system: You are a helpful assistant.
user:
Analyze the provided spectrum to determine if it is a **White Dwarf (WD)**.

A White Dwarf spectrum is defined by its **extreme purity** (due to gravitational settling) and/or **extreme pressure broadening** (due to high surface gravity). You must check for one of the following mutually exclusive signatures:

- **Key Visual Indicators (Check for ONE of these types):**

    - **1. DA-Type Signature (Most Common):**
        - **(Primary Feature):** Extreme pressure broadening (Stark broadening) of the **Hydrogen (H) Balmer lines**.
        - **(Key Lines):** $H\beta$ (approx. $4861$ Å) and $H\gamma$ (approx. $4340$ Å). $H\alpha$ (approx. $6563$ Å) will also be present if the wavelength range covers it.
        - **(Line Profile):** This is the **defining feature**. The lines are **NOT** sharp. They appear as massive, **extremely broad and deep "troughs" or "dips"** in the spectrum, often hundreds of Ångströms wide. The continuum will appear to "scoop" down at these wavelengths.
        - **(Distinction):** Normal A-type or B-type stars have *narrow* and *sharp* Hydrogen lines. A DA White Dwarf's lines are unmistakably "smeared" or "blurry" from pressure.

    - **2. DB-Type Signature:**
        - **(Primary Feature):** Broad absorption lines from **Neutral Helium (He I)**. The spectrum must lack any visible Hydrogen lines.
        - **(Key Lines):** Look for broad absorption near $4471$ Å, $4921$ Å, and $5876$ Å.
        - **(Line Profile):** These lines are also significantly pressure-broadened, appearing much wider than they would in a normal B-type main-sequence star.

    - **3. DC-Type Signature:**
        - **(Primary Feature):** A **featureless continuous spectrum**.
        - **(Line Profile):** The spectrum is a smooth curve with **no significant absorption or emission lines**.
        - **(Key Confirmation):** The continuum is almost always **blue or white**, indicating a hot object. This signature implies the atmosphere is so pure (or so cool) that no spectral lines are visible in the optical range. Its WD identity is confirmed by its extremely low intrinsic brightness (high absolute magnitude).

    - **4. DZ-Type Signature (Metal-Polluted):**
        - **(Primary Feature):** **Isolated, narrow metal absorption lines** on an otherwise featureless (DC-like) continuum.
        - **(Key Lines):** The **Calcium (Ca II) H & K doublet** (approx. **$3934$ Å** and **$3968$ Å**) is the most common and defining feature.
        - **(Line Profile):** These lines are "out of place." They are *not* part of a "forest" of thousands of lines. This signature is evidence of recent *accretion* (pollution) from rocky debris.
        - **(Distinction):** Normal G/K/M stars have a *dense forest* of thousands of metal lines. A DZ has a *clean* continuum with *only a few* strong metal lines.

    - **5. DQ-Type Signature (Carbon-Polluted):**
        - **(Primary Feature):** Absorption bands from **Carbon (C₂ "Swan Bands" or atomic C I)**.
        - **(Key Lines - C₂):** Look for bandheads with a "saw-tooth" shape near $5635$ Å, **$5165$ Å** (strongest), and $4737$ Å.
        - **(Key Confirmation):** The underlying **continuum must be blue or white** (hot).
        - **(Distinction):** This is the critical difference from a **Carbon Star**, which has the *exact same* C₂ bands but on an extremely **red, cool** continuum.

- **(Overall Spectrum):**
    - The continuum (overall shape) is typically **blue-sloping** (brighter in the blue than the red), as most white dwarfs are very hot.
    - The spectrum will look "pure" or "simple," dominated by only *one* of the five signatures listed above.

Think first, call **spectral_visualization_tool** if needed to examine features in detail, then provide your final answer. Your response must adhere to the following strict rules:
1.  **Overall Structure:** Your response must follow the format `<think>...</think> <tool_call>...</tool_call> (if a tool is used) <answer>...</answer>`.
2.  **Tool Usage Constraint:** You may only make **one** tool call per turn.
3.  **Final Answer Format:** In the `<answer>` tag, your conclusion must be inside a `\boxed{}` command (e.g., `\boxed{YES}` or `\boxed{NO}`), followed by your justification.

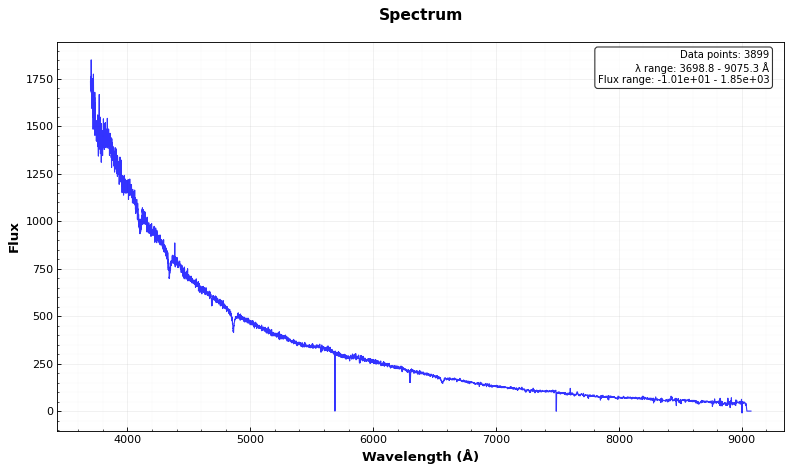
Answer: YES